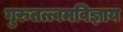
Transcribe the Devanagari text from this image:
गुरुतत्त्वमविज्ञाय